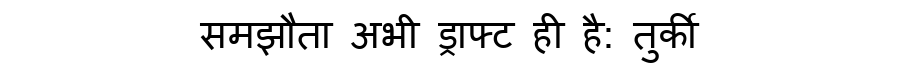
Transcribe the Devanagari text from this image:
समझौता अभी ड्राफ्ट ही है: तुर्की